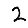
Digit: 2